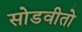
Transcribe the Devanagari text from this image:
सोडवीतो